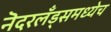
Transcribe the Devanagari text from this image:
नॆदरलँड्समध्येच